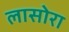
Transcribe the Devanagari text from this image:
लासोरा